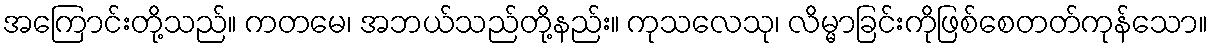
အကြောင်းတို့သည်။ ကတမေ၊ အဘယ်သည်တို့နည်း။ ကုသလေသု၊ လိမ္မာခြင်းကိုဖြစ်စေတတ်ကုန်သော။